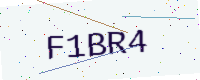
Text: F1BR4